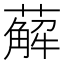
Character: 薢